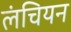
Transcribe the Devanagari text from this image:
लंचियन